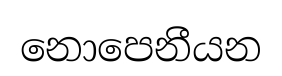
නොපෙනීයන